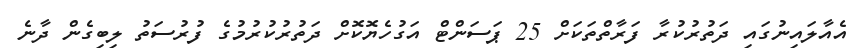
އެއާލައިނުގައި ދަތުރުކުރާ ފަރާތްތަކަށް 25 ޕަސަންޓް އަގުހެޔޮކޮށް ދަތުރުކުރުމުގެ ފުރުސަތު ލިބިގެން ދާނެ